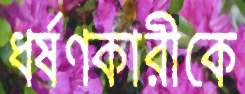
ধর্ষণকারীকে